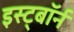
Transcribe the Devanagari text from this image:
इस्ट्बॉर्न